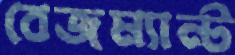
বেজম্যান্ট